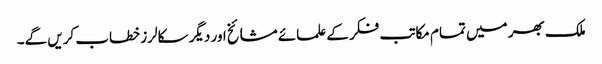
ملک بھر میں تمام مکاتب فکر کے علمائے مشائخ اور دیگر سکالرز خطاب کریں گے۔